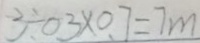
3 \div 0 3 \times 0 . 7 = 7 m